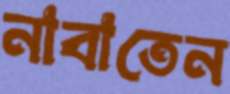
নাবাতেন